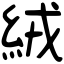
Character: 絨